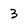
Character: 3